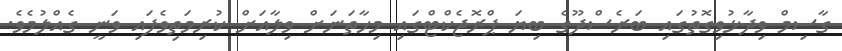
ގާސިމް ވިދާޅުވިގޮތުގައި ބަރެސްދޫގެ ބިޔަ ޕްރޮޖެކްޓްގައި މިހާތަނަށް ވިލާއަށް ކުރިމަތިވެފައި ވަނީ ގެއްލުމެވެ.